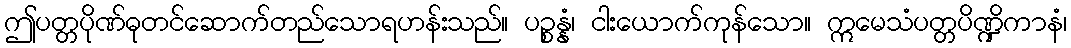
ဤပတ္တပိုဏ်ဓုတင်ဆောက်တည်သောရဟန်းသည်။ ပဉ္စန္နံ၊ ငါးယောက်ကုန်သော။ ဣမေသံပတ္တပိဏ္ဍိကာနံ၊